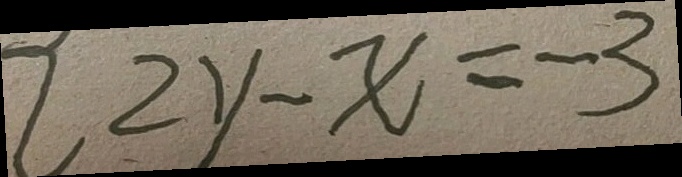
2 2 y - x = - 3